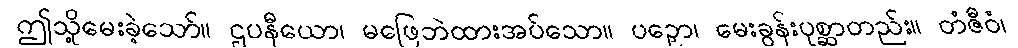
ဤသို့မေးခဲ့သော်။ ဌပနီယော၊ မဖြေဘဲထားအပ်သော။ ပဉှော၊ မေးခွန်းပုစ္ဆာတည်း။ တံဇီဝံ၊